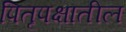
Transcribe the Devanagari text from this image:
पितृपक्षातील